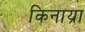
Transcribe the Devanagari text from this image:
किनाय्रा